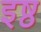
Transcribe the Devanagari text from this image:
इष्ठ